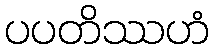
ပပတိဿဟံ